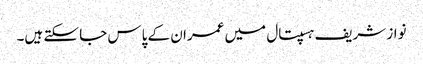
نواز شریف ہسپتال میں عمران کے پاس جا سکتے ہیں۔